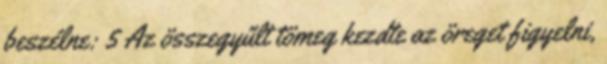
beszélne: 5 Az összegyűlt tömeg kezdte az öreget figyelni,